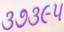
૩૭૩૯૫